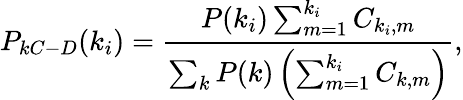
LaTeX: P_{kC-D}(k_{i})=\frac{P(k_{i})\sum_{m=1}^{k_{i}}C_{k_{i},m}}{\sum_{k}P(k)\left(\sum_{m=1}^{k_{i}}C_{k,m}\right)},